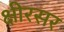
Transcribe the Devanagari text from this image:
क्षीरसर